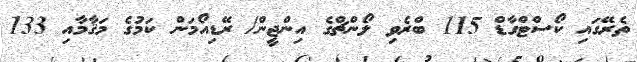
ތެރޭގައި ކޯސްޓްގާޑް 115 ބްރެވި ލޯންޗްގެ އިންޖީން/ ރޭޑިއޯމަން ކަމުގެ މަޤާމާއި 133